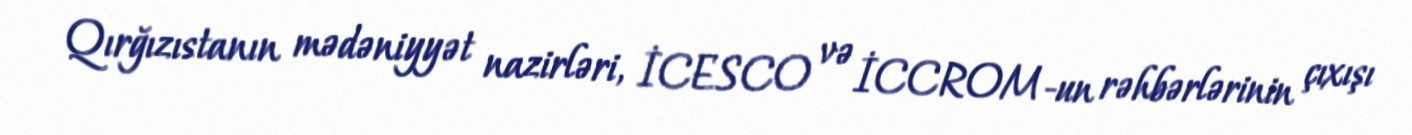
Qırğızıstanın mədəniyyət nazirləri, İCESCO və İCCROM-un rəhbərlərinin çıxışı